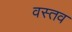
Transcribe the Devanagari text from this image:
वस्तव